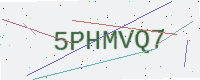
Text: 5PHMVQ7